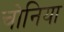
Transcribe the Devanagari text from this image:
चोनिया